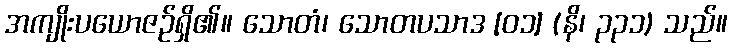
အကျိုးပယောဇဉ်ရှိ၏။ သောတံ၊ သောတပသာဒ [၀၁] (နိ၊ ၃၃၁) သည်။